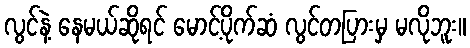
လွင်နဲ့ နေမယ်ဆိုရင် မောင့်ပိုက်ဆံ လွင်တပြားမှ မလိုဘူး။